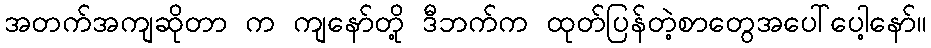
အတက်အကျဆိုတာ က ကျနော်တို့ ဒီဘက်က ထုတ်ပြန်တဲ့စာတွေအပေါ်ပေါ့နော်။